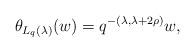
LaTeX: \begin{align*} \theta_{L_q(\lambda)}(w) = q^{-(\lambda,\lambda+2\rho)} w,\end{align*}